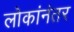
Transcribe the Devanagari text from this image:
लोकांनंतर